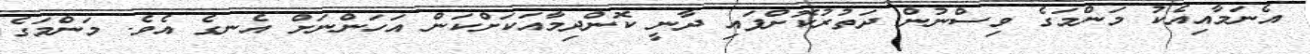
އެނަމާއިއެކު މަންމަގެ ވިސްނުން ދަތުރުކޮށްފައި ދާނީ ކޮންދިމާއަކަށްކަން އަހަންނަށް އެނގެ އެވެ. މަންމަގެ